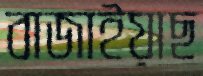
বাজাইয়াছ